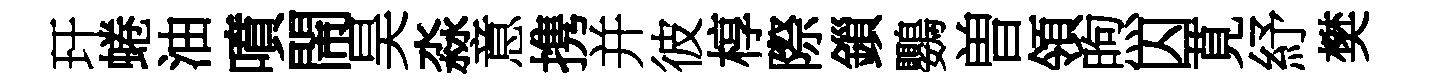
玕蜷油噴閙昊淼意携并彼椁際鎻鸚曽領煦囚莧紓樊